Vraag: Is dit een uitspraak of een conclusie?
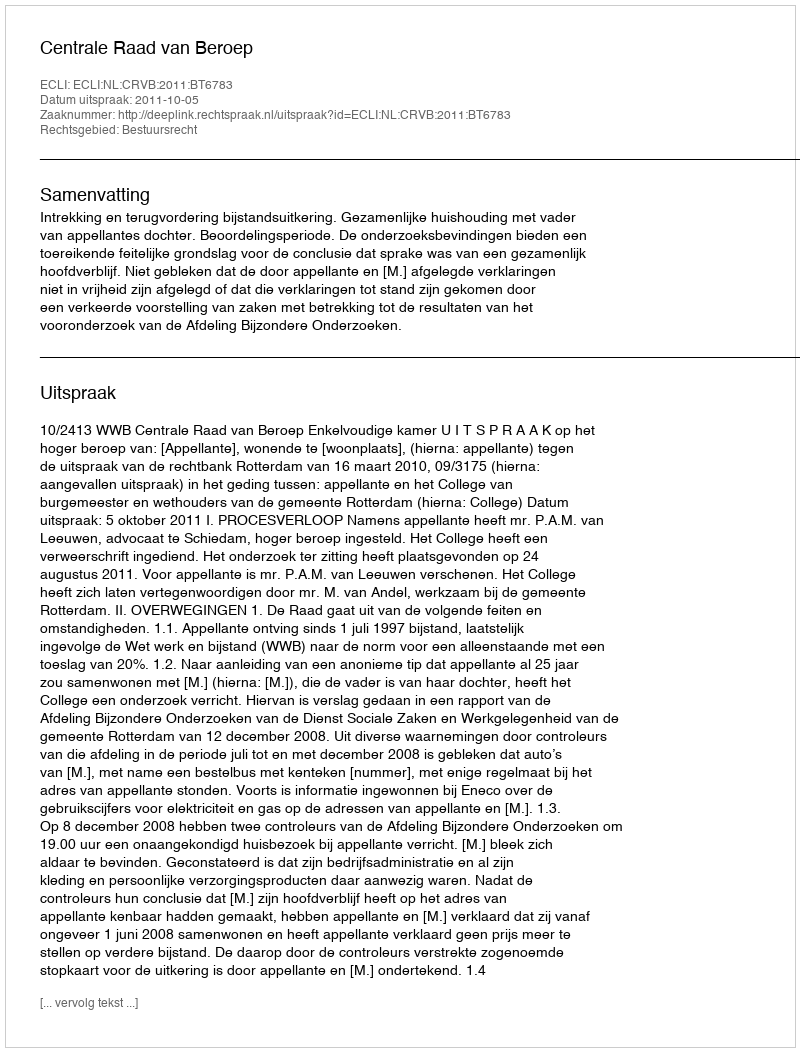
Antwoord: Uitspraak